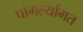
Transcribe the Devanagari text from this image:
पांगर्ल्यागत